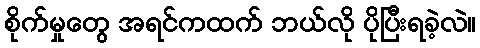
စိုက်မှုတွေ အရင်ကထက် ဘယ်လို ပိုပြီးရခဲ့လဲ။